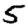
Digit: 5